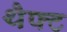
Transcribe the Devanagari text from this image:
थैफ्ट